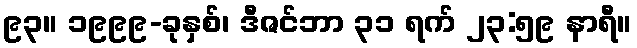
၉၃။ ၁၉၉၉-ခုနှစ်၊ ဒီဇင်ဘာ ၃၁ ရက် ၂၃:၅၉ နာရီ။